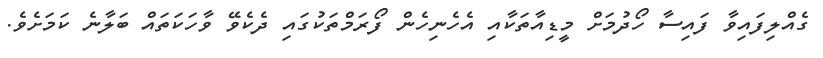
ގެއްލިފައިވާ ފައިސާ ހޯދުމަށް މީޑިއާތަކާއި އެހެނިހެން ފޯރަމްތަކުގައި ދެކެވޭ ވާހަކަތައް ބަލާނެ ކަމަށެވެ.